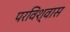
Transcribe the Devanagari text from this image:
परविश्वास